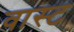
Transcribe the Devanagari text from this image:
वास्ट